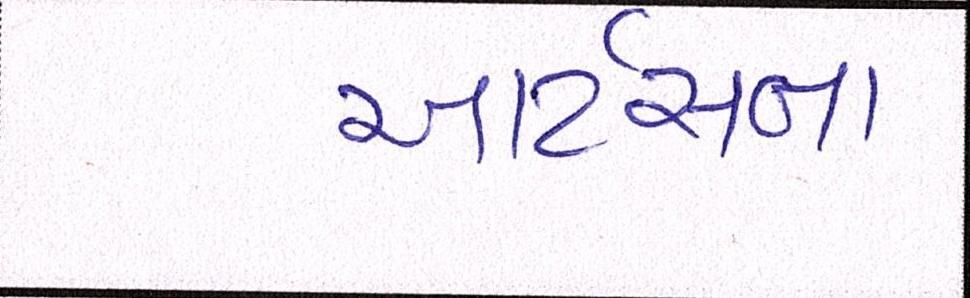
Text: આર્ટસના